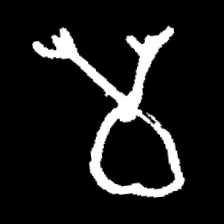
Pyu character \u2014 Myanmar letter: မ (romanized: ma)